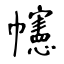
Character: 幰